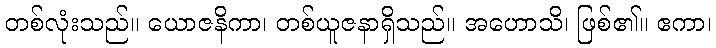
တစ်လုံးသည်။ ယောဇနိကာ၊ တစ်ယူဇနာရှိသည်။ အဟောသိ၊ ဖြစ်၏။ ဧကာ၊